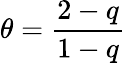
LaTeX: \theta=\frac{2-q}{1-q}